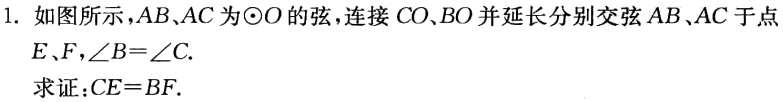
1. 如图所示，\(AB、AC\)为\(\odot O\)的弦，连接\(CO、BO\)并延长分别交弦\(AB、AC\)于点\(E、F\)，\(\angle B = \angle C\).
求证：\(CE = BF\).